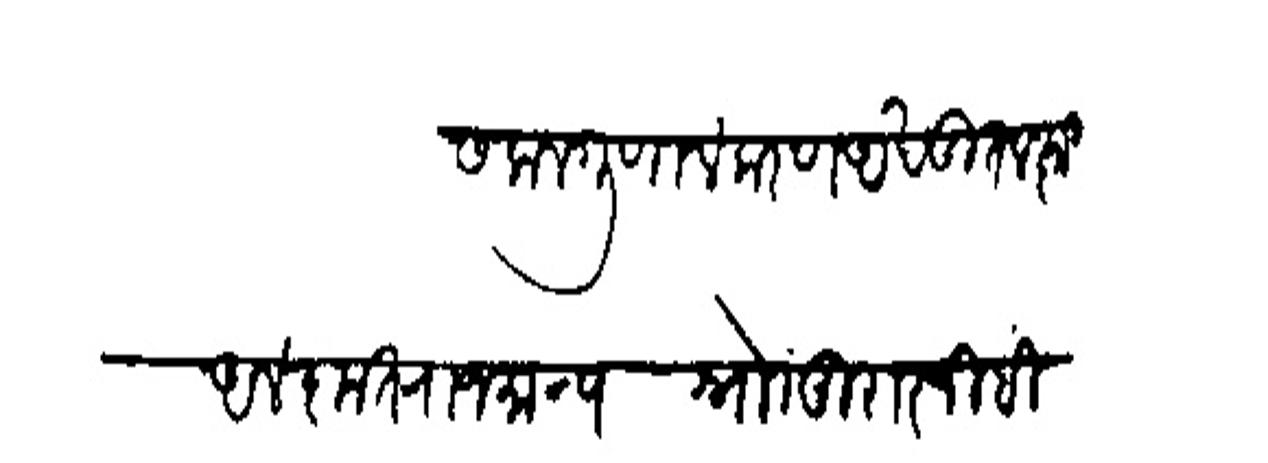
Transliteration (Devanagari): सकलगणालंकरण अखंडित लक्ष्मी अलंकृत राजमान्य नोो मुरारजी हिदुराव